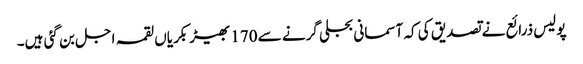
پولیس ذرائع نے تصدیق کی کہ آسمانی بجلی گرنے سے 170بھیڑ بکریاں لقمہ اجل بن گئی ہیں۔